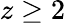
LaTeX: z\ge 2